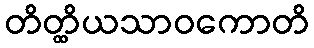
တိတ္ထိယသာဝကောတိ